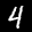
Label: 4